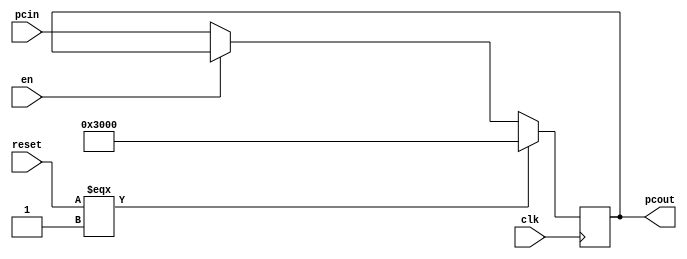
`timescale 1ns / 1ps
//////////////////////////////////////////////////////////////////////////////////
// Company: 
// Engineer: 
// 
// Design Name: 
// Module Name:    pc 
// Project Name: 
// Target Devices: 
// Tool versions: 
// Description: 
//
// Dependencies: 
//
// Revision: 
// Revision 0.01 - File Created
// Additional Comments: 
//
//////////////////////////////////////////////////////////////////////////////////
module pc(
    input clk, reset, en,
	input [31:0] pcin,
    output reg [31:0] pcout
    );
	 
	initial begin
		pcout <= 32'h00003000;
	end
	
	always @ (posedge clk) begin
		if(reset === 1)
			pcout <= 32'h00003000;
		else if(!en)
			pcout <= pcin;
	end

endmodule